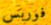
فوربس